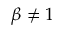
\beta \neq 1